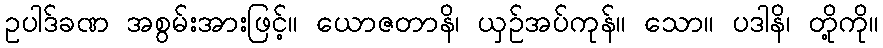
ဥပါဒ်ခဏ အစွမ်းအားဖြင့်။ ယောဇတာနိ၊ ယှဉ်အပ်ကုန်။ သော။ ပဒါနိ၊ တို့ကို။